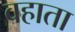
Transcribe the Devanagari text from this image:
वहाता